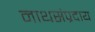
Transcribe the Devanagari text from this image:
नाथसंप्रदाय